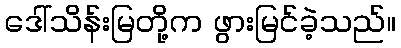
ဒေါ်သိန်းမြတို့က ဖွားမြင်ခဲ့သည်။